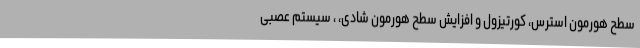
سطح هورمون استرس، کورتیزول و افزایش سطح هورمون شادی، ، سیستم عصبی